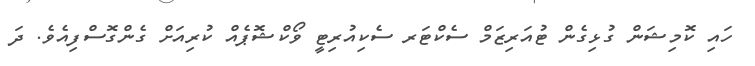
ހައި ކޮމިޝަން ގުޅިގެން ޓުއަރިޒަމް ސެކްޓަރ ސެކިއުރިޓީ ވޯކްޝޮޕެއް ކުރިއަށް ގެންގޮސްފިއެވެ. ދަ